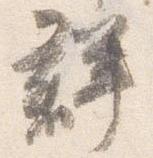
群